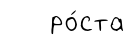
ро́ста